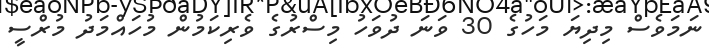
ނަމަވެސް މިދިޔަ މަހުގެ 30 ވަނަ ދުވަހު މިސްރުގެ ވެރިކަމުން މުހައްމަދު މުރްސީ